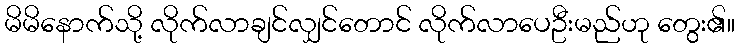
မိမိနောက်သို့ လိုက်လာချင်လျှင်တောင် လိုက်လာပေဦးမည်ဟု တွေး၏။